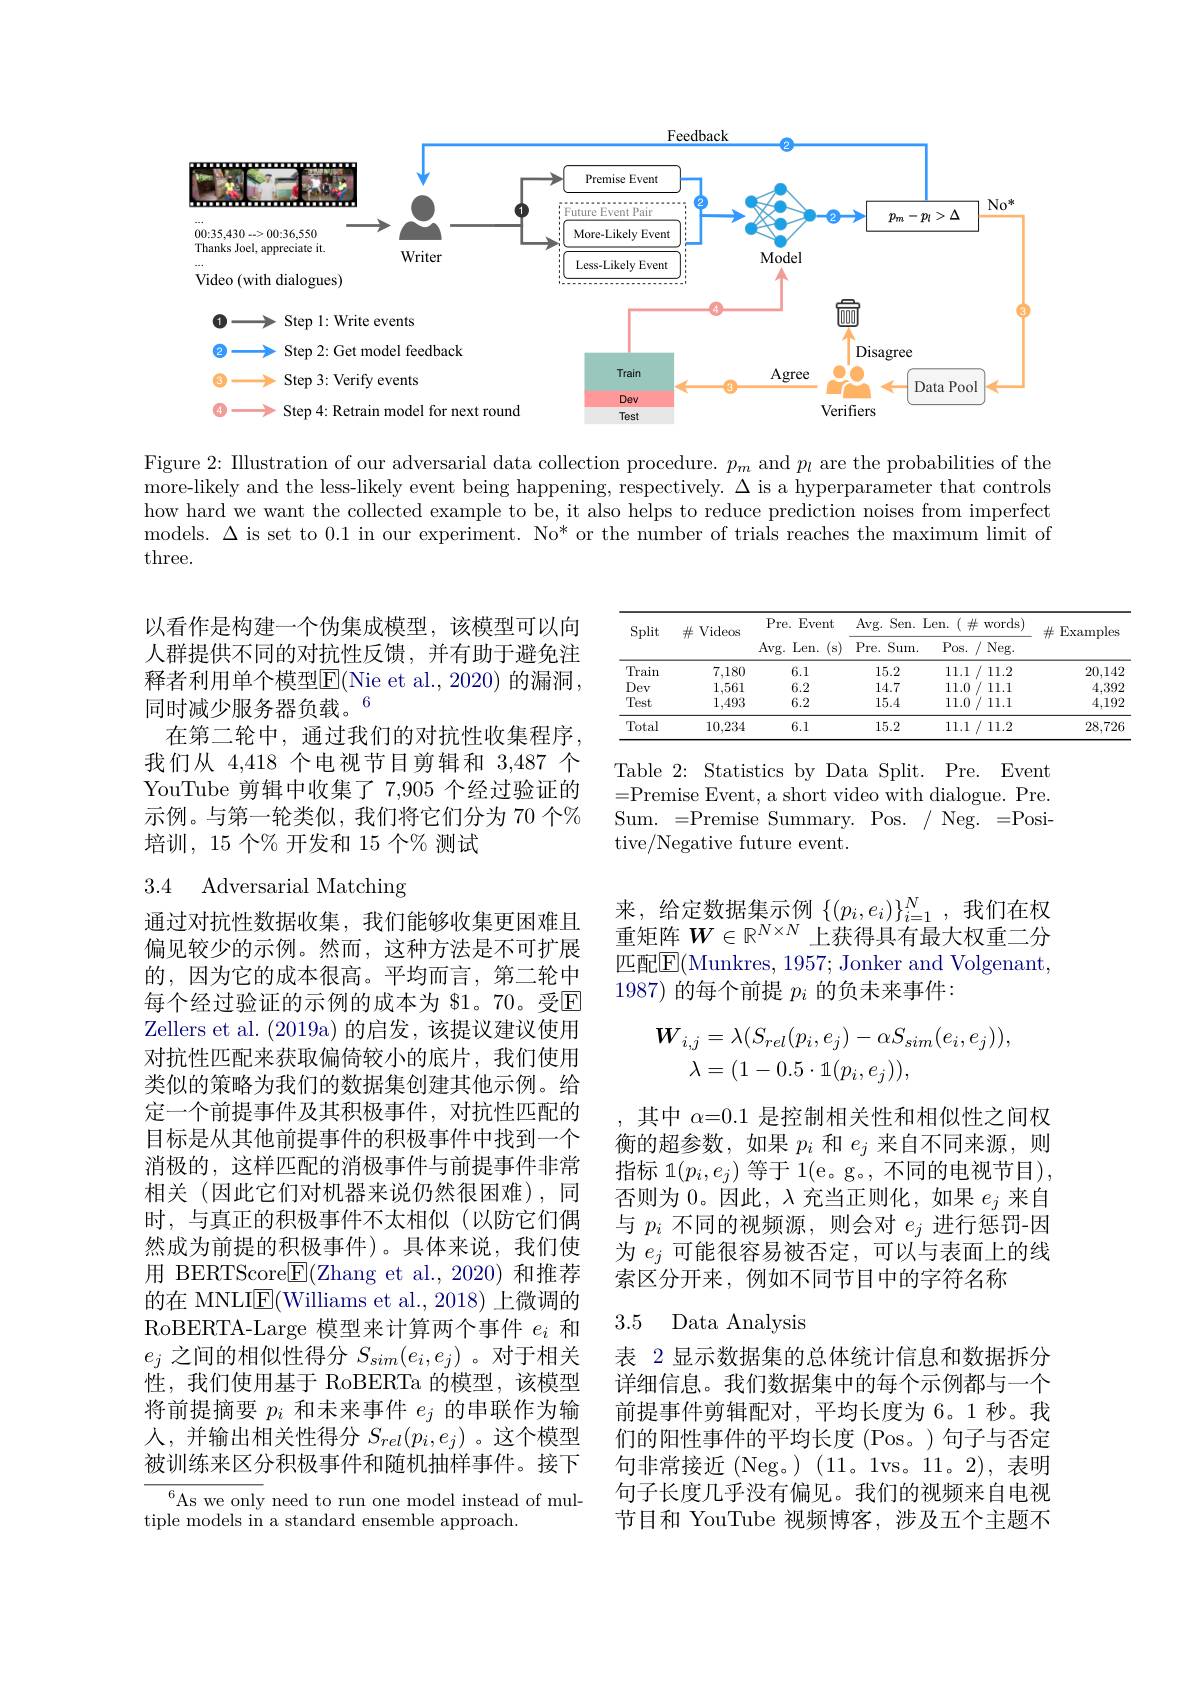
<FigureHere>

Figure 2: Illustration of our adversarial data collection procedure. $p_m$ and $p_l$ are the probabilities of the more-likely and the less-likely event being happening, respectively. $\Delta$ is a hyperparameter that controls how hard we want the collected example to be, it also helps to reduce prediction noises from imperfect models. $\Delta$ is set to 0.1 in our experiment. No* or the number of trials reaches the maximum limit of three.

<table>
	<tbody>
		<tr>
			<th rowspan="2">Split</th>
			<th rowspan="2">$\#$ Videos</th>
			<th>$Pre.$ Event</th>
			<th colspan="2">Avg. Sen. Len. ( $\#$ words) </th>
			<th rowspan="2">$\#$ $\operatorname{Examples}$</th>
		</tr>
		<tr>
			<th>Avg. Len. (s)</th>
			<th>$Pre.$ Sum.</th>
			<th>Pos. / 1 Neg. </th>
		</tr>
		<tr>
			<td>Train</td>
			<td>7,180</td>
			<td>6.1</td>
			<td>15.2</td>
			<td>11.1 1 11.2</td>
			<td>20,142</td>
		</tr>
		<tr>
			<td>Dev</td>
			<td>1,561</td>
			<td>6.2</td>
			<td>14.7</td>
			<td>11.0 11.1</td>
			<td>4,392</td>
		</tr>
		<tr>
			<td>Test</td>
			<td>1,493</td>
			<td>6.2</td>
			<td>15.4</td>
			<td>11.0/1 11.1</td>
			<td>4,192</td>
		</tr>
		<tr>
			<td>Total</td>
			<td>10,234</td>
			<td>6.1</td>
			<td>15.2</td>
			<td>11.1 1 11.2</td>
			<td>28.726</td>
		</tr>
	</tbody>
</table>

以看作是构建一个伪集成模型，该模型可以向人群提供不同的对抗性反馈，并有助于避免注释 者 利 用 单 个 模 型 $\overline {\mathrm{E} }($Nie et al.,2020)的漏洞， 同时减少服务器负载。6
在第二轮中，通过我们的对抗性收集程序， 我们从 4,418 个电视节目剪辑和 3,487 个YouTube 剪辑中收集了 7,905 个经过验证的示例。与第一轮类似，我们将它们分为 70 个% 培训，15 个% 开发和 15 个% 测试

Table 2: Statistics by Data Split. Pre. Event =Premise Event, a short video with dialogue. Pre. Sum.{=}Premise Summary.${\mathrm{Pos.~/~Neg.~=Posi-}}$ tive/Negative future event.

## 3.4 Adversarial Matching

来，给定数据集示例 $\{(p_i,e_i)\}_{i=1}^N$,我们在权重矩阵$W\in\mathbb{R}^{N\times N}$上获得具有最大权重二分匹配E(Munkres, 1957; Jonker and Volgenant, 1987)的每个前提$p_i$的负未来事件：
$$\begin{aligned}\boldsymbol{W}_{i,j}&=\lambda(S_{rel}(p_{i},e_{j})-\alpha S_{sim}(e_{i},e_{j})),\\\lambda&=(1-0.5\cdot\mathbb{1}(p_{i},e_{j})),\end{aligned}$$
通过对抗性数据收集，我们能够收集更困难且偏见较少的示例。然而，这种方法是不可扩展的，因为它的成本很高。平均而言，第二轮中每个经过验证的示例的成本为 $1。70。受回Zellers et al. (2019a)的启发，该提议建议使用对抗性匹配来获取偏倚较小的底片，我们使用类似的策略为我们的数据集创建其他示例。给定一个前提事件及其积极事件，对抗性匹配的目标是从其他前提事件的积极事件中找到一个消极的，这样匹配的消极事件与前提事件非常相关(因此它们对机器来说仍然很困难),同时，与真正的积极事件不太相似(以防它们偶然成为前提的积极事件)。具体来说，我们使用 BERTScore$\boxed{\mathrm{F}}($Zhang et al.,2020)和推荐的在 MNLIE(Williams et al.,2018)上微调的RoBERTA-Large 模型来计算两个事件$e_i$和$e_j$之间的相似性得分$S_sim(e_i,e_j)$ 。对于相关性，我们使用基于 RoBERTa 的模型，该模型将前提摘要$p_i$和未来事件$e_j$的串联作为输人，并输出相关性得分$S_rel(p_i,e_j)$ 。这个模型被训练来区分积极事件和随机抽样事件。接下

其中$\alpha=0.1$是控制相关性和相似性之间权衡的超参数，如果$p_i$和$e_j$来自不同来源，则指标 1$(p_i,e_j)$ 等于 1(e。g。,不同的电视节目), 否则为0。因此，$\lambda$充当正则化，如果$e_j$来自与$p_i$不同的视频源，则会对$e_j$进行惩罚-因为$e_j$可能很容易被否定，可以与表面上的线索区分开来，例如不同节目中的字符名称

### 3.5 Data Analysis

表 2 显示数据集的总体统计信息和数据拆分详细信息。我们数据集中的每个示例都与一个前提事件剪辑配对，平均长度为 6。1秒。我们的阳性事件的平均长度(Pos。)句子与否定句非常接近(Neg。)(11。1vs。11。2),表明句子长度几乎没有偏见。我们的视频来自电视节目和 YouTube 视频博客，涉及五个主题不

$^{6}$As we only need to run one model instead of mul-
tiple models in a standard ensemble approach.